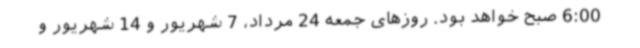
6:00 صبح خواهد بود. روزهای جمعه 24 مرداد، 7 شهریور و 14 شهریور و